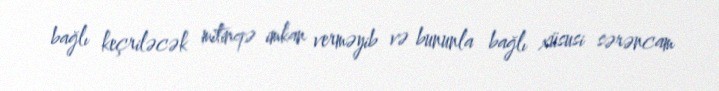
bağlı keçriləcək mitinqə imkan verməyib və bununla bağlı xüsusi sərəncam